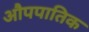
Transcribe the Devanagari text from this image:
औपपातिक